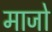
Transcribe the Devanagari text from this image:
माजो